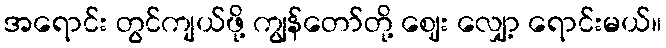
အရောင်း တွင်ကျယ်ဖို့ ကျွန်တော်တို့ ဈေး လျှော့ ရောင်းမယ်။